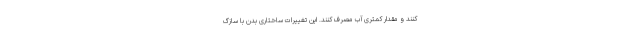
کنند و مقدار کمتری آب مصرف کنند. این تغییرات ساختاریِ بدن با سازگ